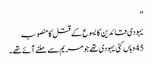
”
یہودی قائدین کا یسوع کے قتل کا منصوبہ
45 وہاں کئی یہودی تھے جو مریم سے ملنے آئے تھے۔